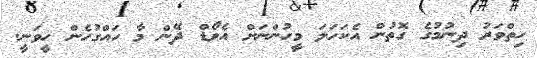
ހިތްވަރު ދިނުމުގެ ގޮތުން އެކަހަލަ މީހުންނަށް އެވޯޑް ދޭން މާ ހައްގުހެން ހީވަނީ.